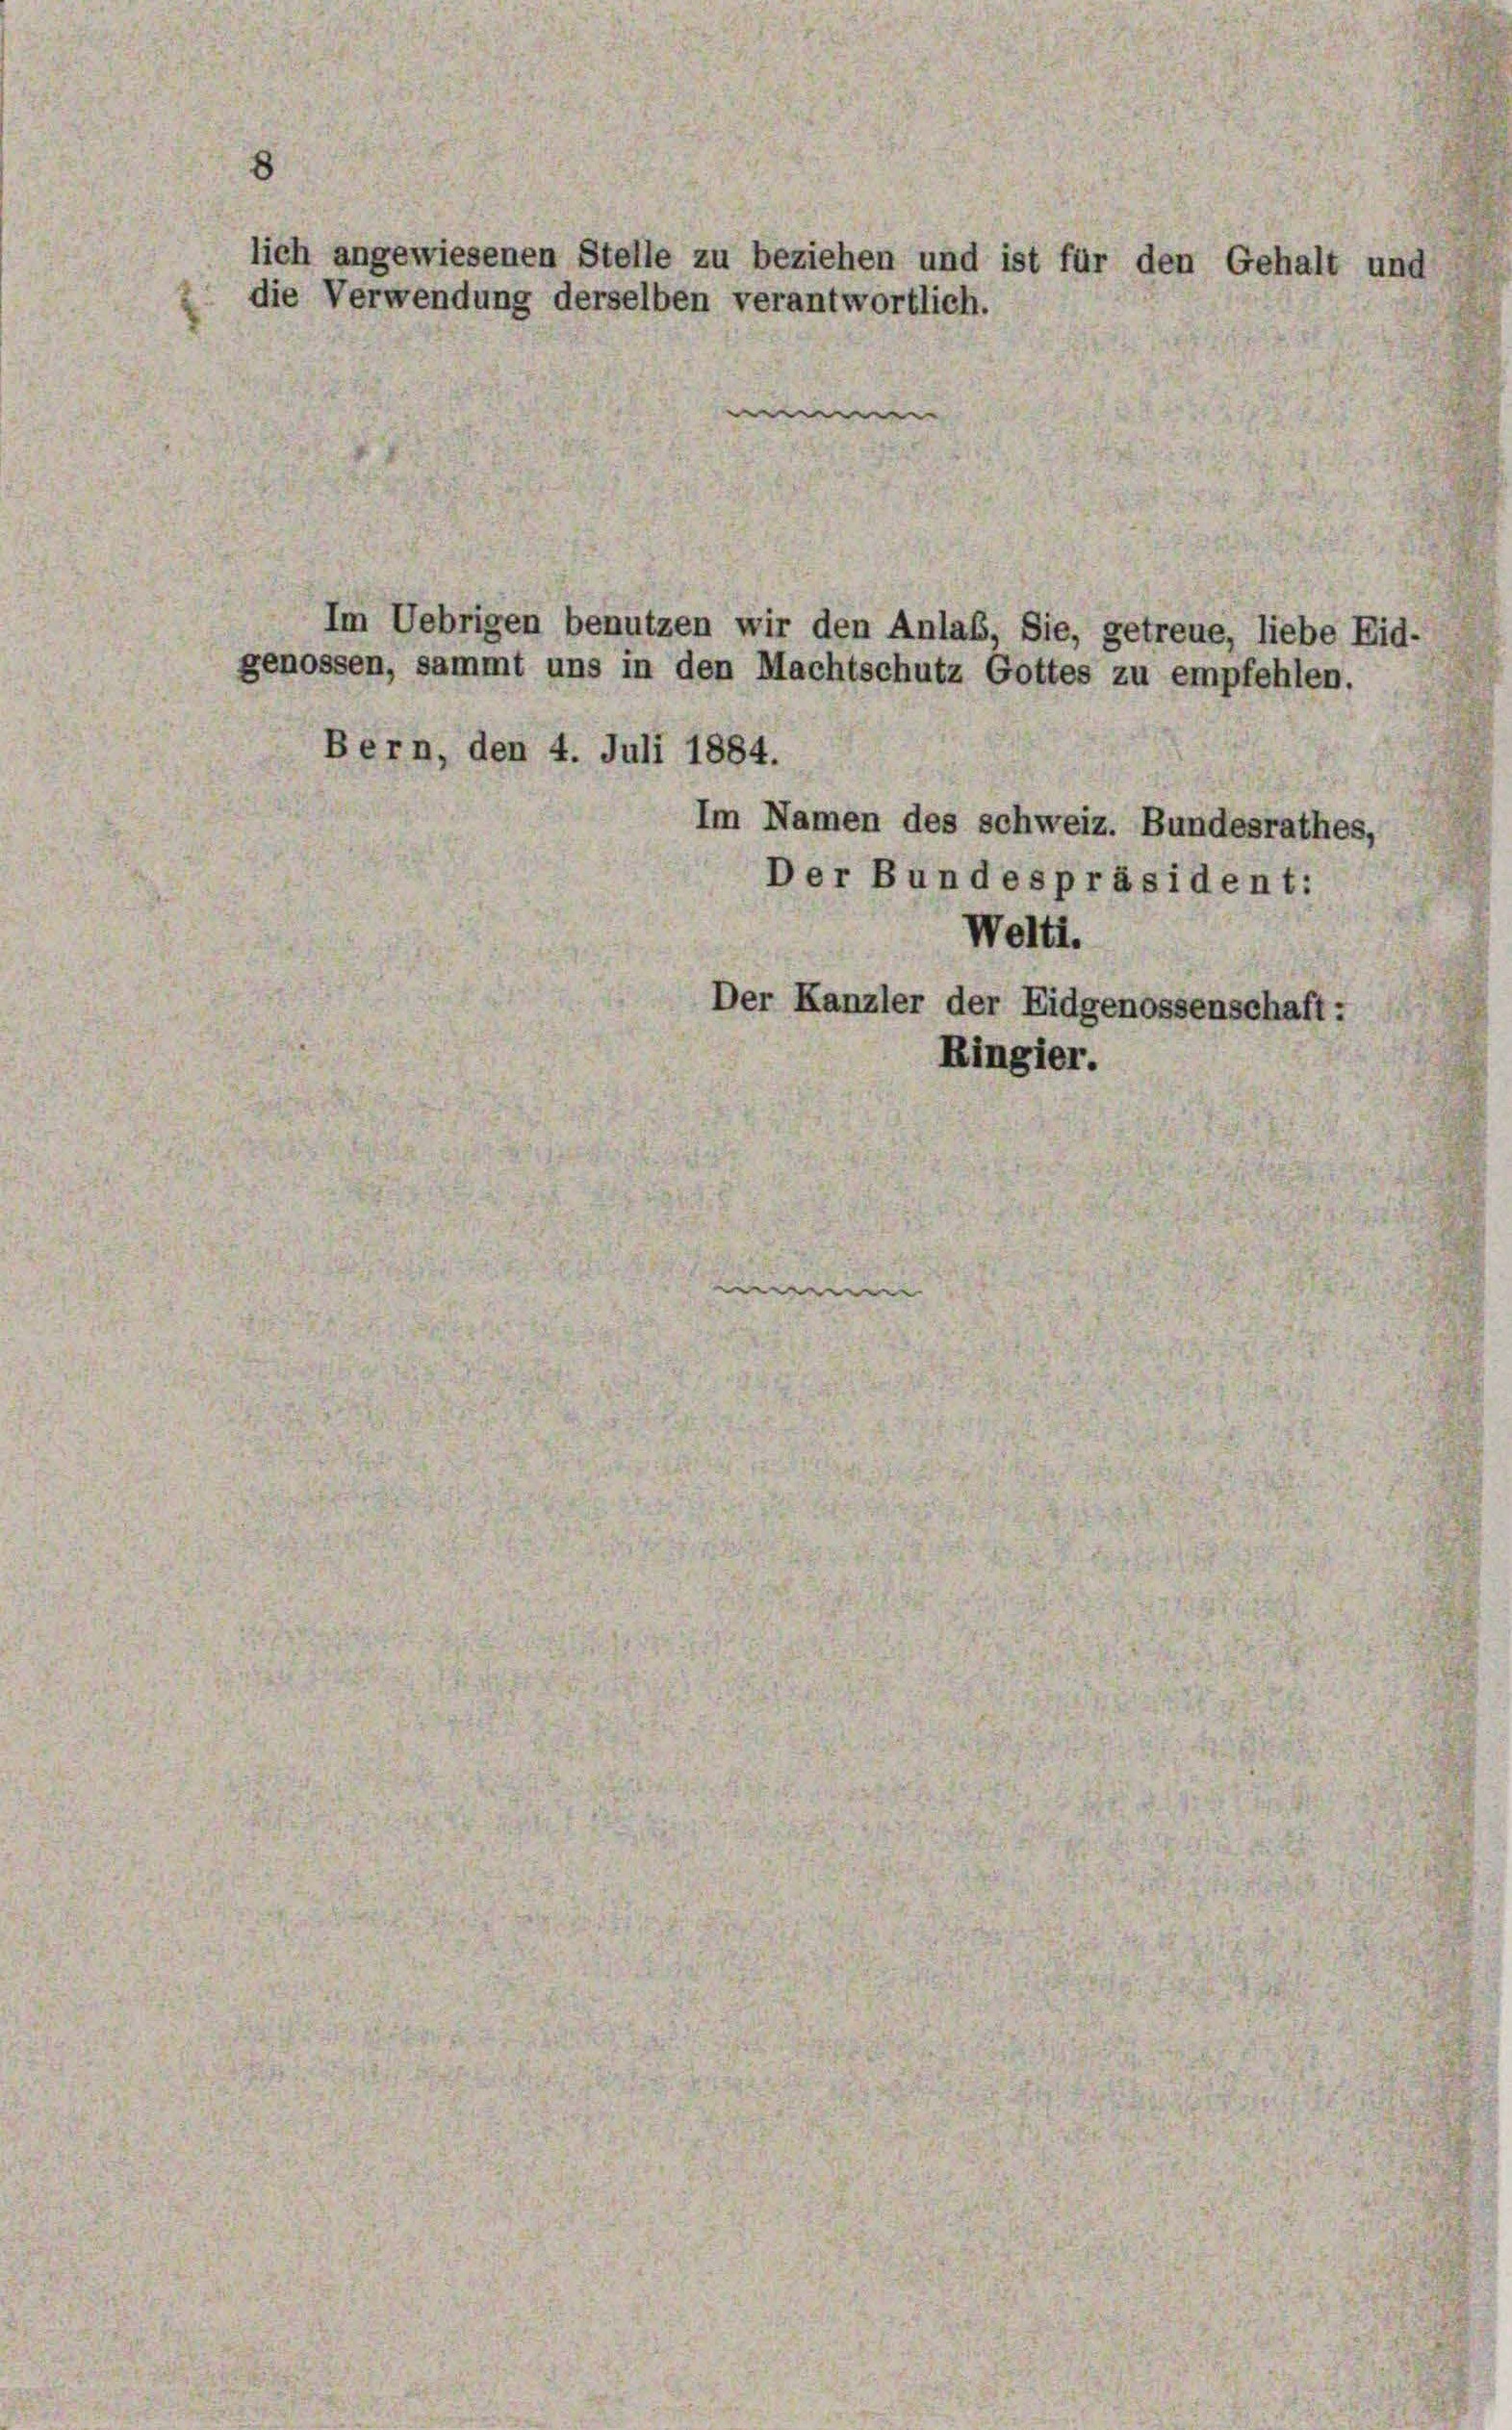
lich angewiesenen Stelle zu beziehen und ist für den Gehalt und
die Verwendung derselben verantwortlich.

e
Bern, den 4. Juli 1884.
Im Namen des schweiz. Bundesrathes,
Der Bundespräsident:
Welti.
Der Kanzler der Eidgenossenschaft:
Ringier.

Im Uebrigen benutzen wir den Anlaß, Sie, getreue, liebe Eid-
genossen, sammt uns in den Machtschutz Gottes zu empfehlen.